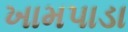
ખામપાડા